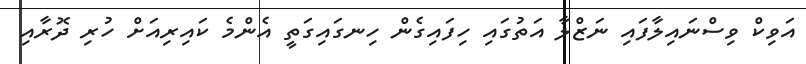
އަވިކް ވިސްނައިލާފައި ނަޒްލާ އަތުގައި ހިފައިގެން ހިނގައިގަތީ އެންމެ ކައިރިއަށް ހުރި ދޮރާއި